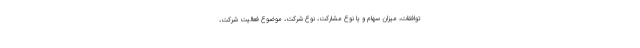
توافقات، میزان سهام و یا نوع مشارکت، نوع شرکت، موضوع فعالیت شرکت،